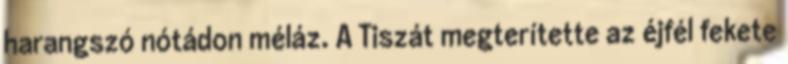
harangszó nótádon méláz. A Tiszát megterítette az éjfél fekete